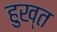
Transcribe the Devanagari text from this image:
हुख्त